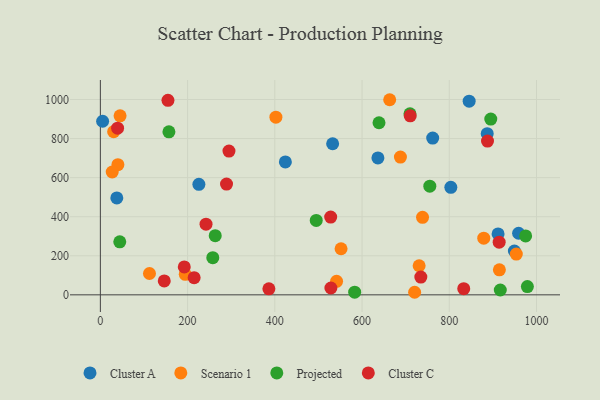
{"axis": {"x": "Distance", "y": "Salary"}, "legend": ["Cluster A", "Cluster C", "Projected", "Scenario 1"], "data": [{"x": "803.6", "y": 550.2, "type": "Cluster A"}, {"x": "225.9", "y": 565.8, "type": "Cluster A"}, {"x": "424.2", "y": 680.7, "type": "Cluster A"}, {"x": "762.0", "y": 802.8, "type": "Cluster A"}, {"x": "636.4", "y": 700.9, "type": "Cluster A"}, {"x": "532.6", "y": 773.5, "type": "Cluster A"}, {"x": "5.2", "y": 888.7, "type": "Cluster A"}, {"x": "949.3", "y": 224.5, "type": "Cluster A"}, {"x": "887.0", "y": 824.9, "type": "Cluster A"}, {"x": "911.9", "y": 312.0, "type": "Cluster A"}, {"x": "959.0", "y": 315.3, "type": "Cluster A"}, {"x": "845.6", "y": 991.3, "type": "Cluster A"}, {"x": "37.7", "y": 496.2, "type": "Cluster A"}, {"x": "663.4", "y": 998.9, "type": "Scenario 1"}, {"x": "402.5", "y": 909.8, "type": "Scenario 1"}, {"x": "194.7", "y": 104.8, "type": "Scenario 1"}, {"x": "688.0", "y": 705.3, "type": "Scenario 1"}, {"x": "541.6", "y": 69.2, "type": "Scenario 1"}, {"x": "30.5", "y": 835.1, "type": "Scenario 1"}, {"x": "730.9", "y": 148.8, "type": "Scenario 1"}, {"x": "914.9", "y": 127.9, "type": "Scenario 1"}, {"x": "112.6", "y": 109.3, "type": "Scenario 1"}, {"x": "45.2", "y": 916.6, "type": "Scenario 1"}, {"x": "879.1", "y": 290.3, "type": "Scenario 1"}, {"x": "738.7", "y": 396.6, "type": "Scenario 1"}, {"x": "953.7", "y": 208.9, "type": "Scenario 1"}, {"x": "40.2", "y": 666.2, "type": "Scenario 1"}, {"x": "720.6", "y": 13.1, "type": "Scenario 1"}, {"x": "27.2", "y": 629.0, "type": "Scenario 1"}, {"x": "551.9", "y": 236.0, "type": "Scenario 1"}, {"x": "44.5", "y": 271.4, "type": "Projected"}, {"x": "755.4", "y": 556.1, "type": "Projected"}, {"x": "917.0", "y": 24.8, "type": "Projected"}, {"x": "895.2", "y": 900.0, "type": "Projected"}, {"x": "979.1", "y": 42.1, "type": "Projected"}, {"x": "263.4", "y": 302.8, "type": "Projected"}, {"x": "157.2", "y": 834.5, "type": "Projected"}, {"x": "709.9", "y": 927.2, "type": "Projected"}, {"x": "495.0", "y": 380.9, "type": "Projected"}, {"x": "975.1", "y": 301.6, "type": "Projected"}, {"x": "638.9", "y": 880.9, "type": "Projected"}, {"x": "257.8", "y": 190.3, "type": "Projected"}, {"x": "583.1", "y": 13.5, "type": "Projected"}, {"x": "734.8", "y": 91.1, "type": "Cluster C"}, {"x": "710.5", "y": 916.7, "type": "Cluster C"}, {"x": "833.2", "y": 31.6, "type": "Cluster C"}, {"x": "914.4", "y": 269.7, "type": "Cluster C"}, {"x": "155.0", "y": 995.6, "type": "Cluster C"}, {"x": "528.6", "y": 35.0, "type": "Cluster C"}, {"x": "242.3", "y": 361.7, "type": "Cluster C"}, {"x": "887.7", "y": 787.3, "type": "Cluster C"}, {"x": "294.9", "y": 736.2, "type": "Cluster C"}, {"x": "289.3", "y": 567.1, "type": "Cluster C"}, {"x": "386.4", "y": 30.8, "type": "Cluster C"}, {"x": "146.5", "y": 71.2, "type": "Cluster C"}, {"x": "528.1", "y": 397.9, "type": "Cluster C"}, {"x": "215.0", "y": 88.1, "type": "Cluster C"}, {"x": "192.4", "y": 143.1, "type": "Cluster C"}, {"x": "39.5", "y": 853.1, "type": "Cluster C"}]}